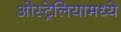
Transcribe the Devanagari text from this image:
ओस्ट्रेलियामध्ये